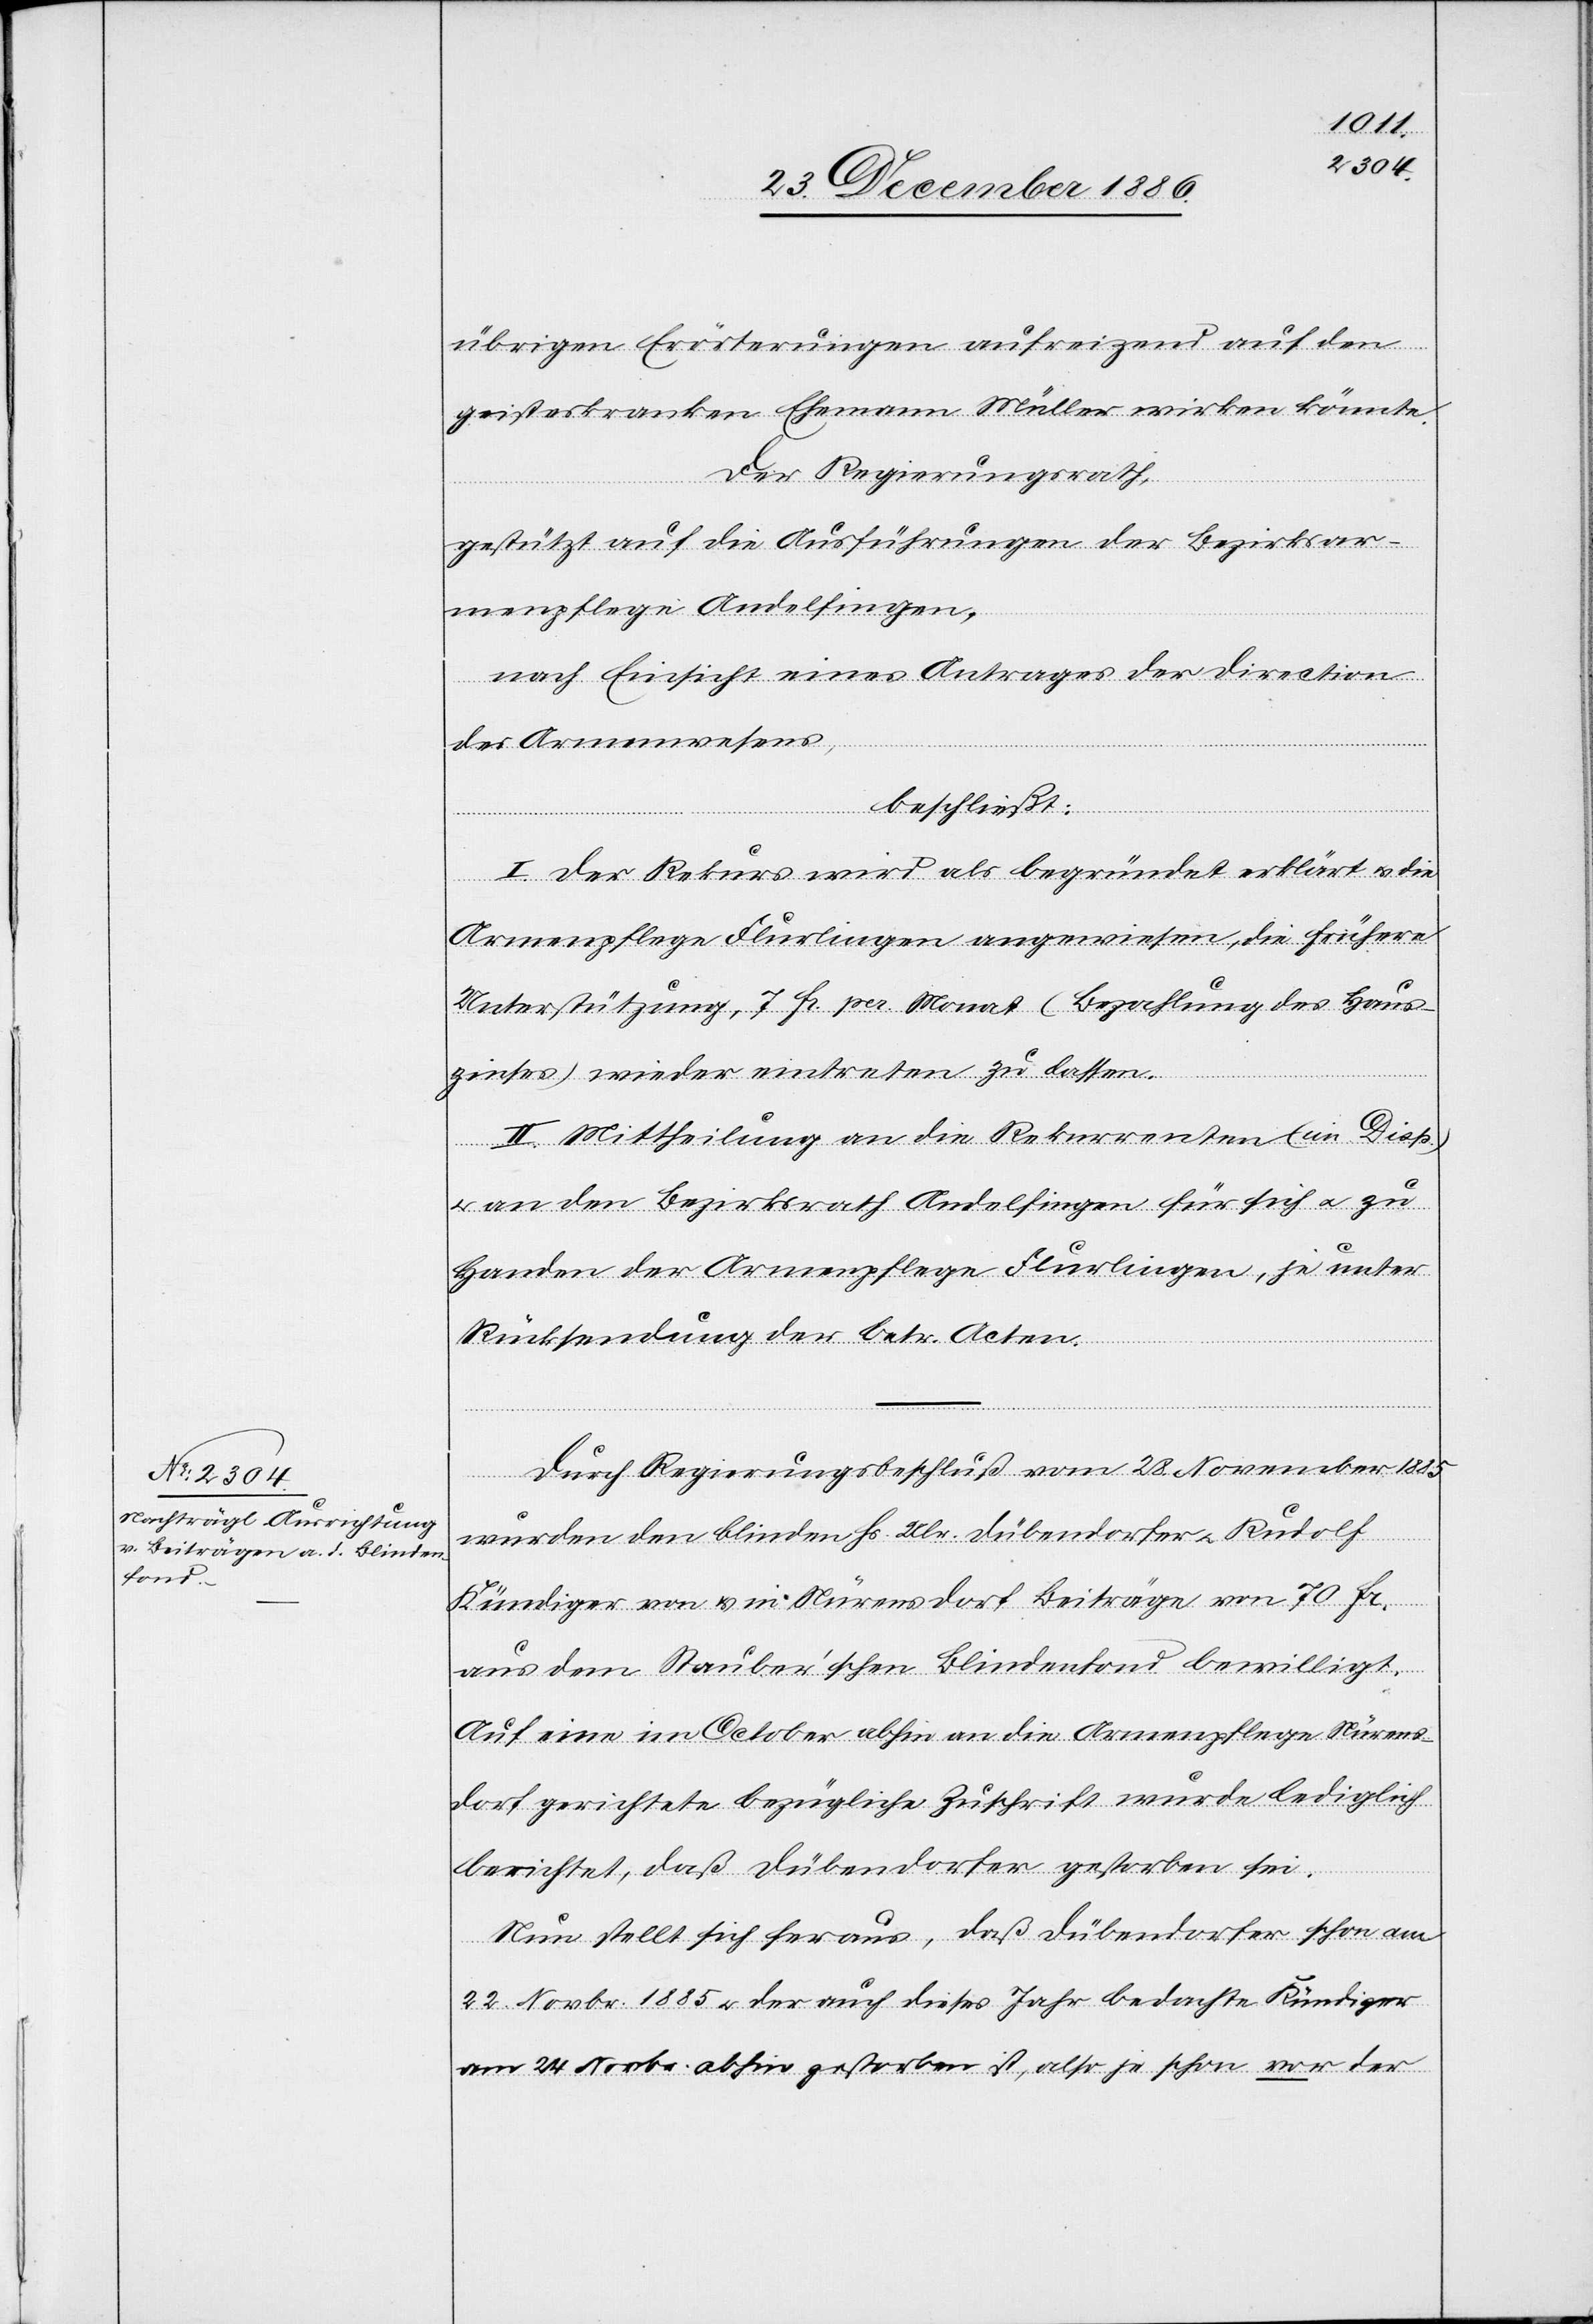
übrigen Erörterungen aufreizend auf den
geisteskranken Ehemann Müller wirken könnte.
Der Regierungsrath,
gestützt auf die Ausführungen der Bezirksar¬
menpflege Andelfingen,
nach Einsicht eines Antrages der Direction
des Armenwesens,
beschließt:
I. Der Rekurs wird als begründet erklärt & die
Armenpflege Flurlingen angewiesen, die frühere
Unterstützung, 7 Fr. per Monat (Bezahlung des Haus¬
zinses) wieder eintreten zu lassen.
II. Mittheilung an die Rekurrenten (im Dis¬
p.)
& an den Bezirksrath Andelfingen für sich & zu
Handen der Armenpflege Flurlinge, je unter
Rücksendung der betr. Acten.
Durch Regierungsbeschluß vom 28. November 1885
wurden den blinden Hs. Ulr. Dübendorfer & Rudolf
Kündiger von & in Nürensdorf Beiträge von 70 Fr.
aus dem Stauber’schen Blindenfond bewilligt.
Auf eine im October abhin an die Armenpflege Nürens¬
dorf gerichtete bezügliche Zuschrift wurde lediglich
berichtet, daß Dübendorfer gestorben sei.
Nun stellt sich heraus, daß Dübendorfer schon am
22. Novbr. 1885 & der auch dieses Jahr bedachte Kündiger
am 24. Novbr. abhin gestorben ist, also je schon vor der